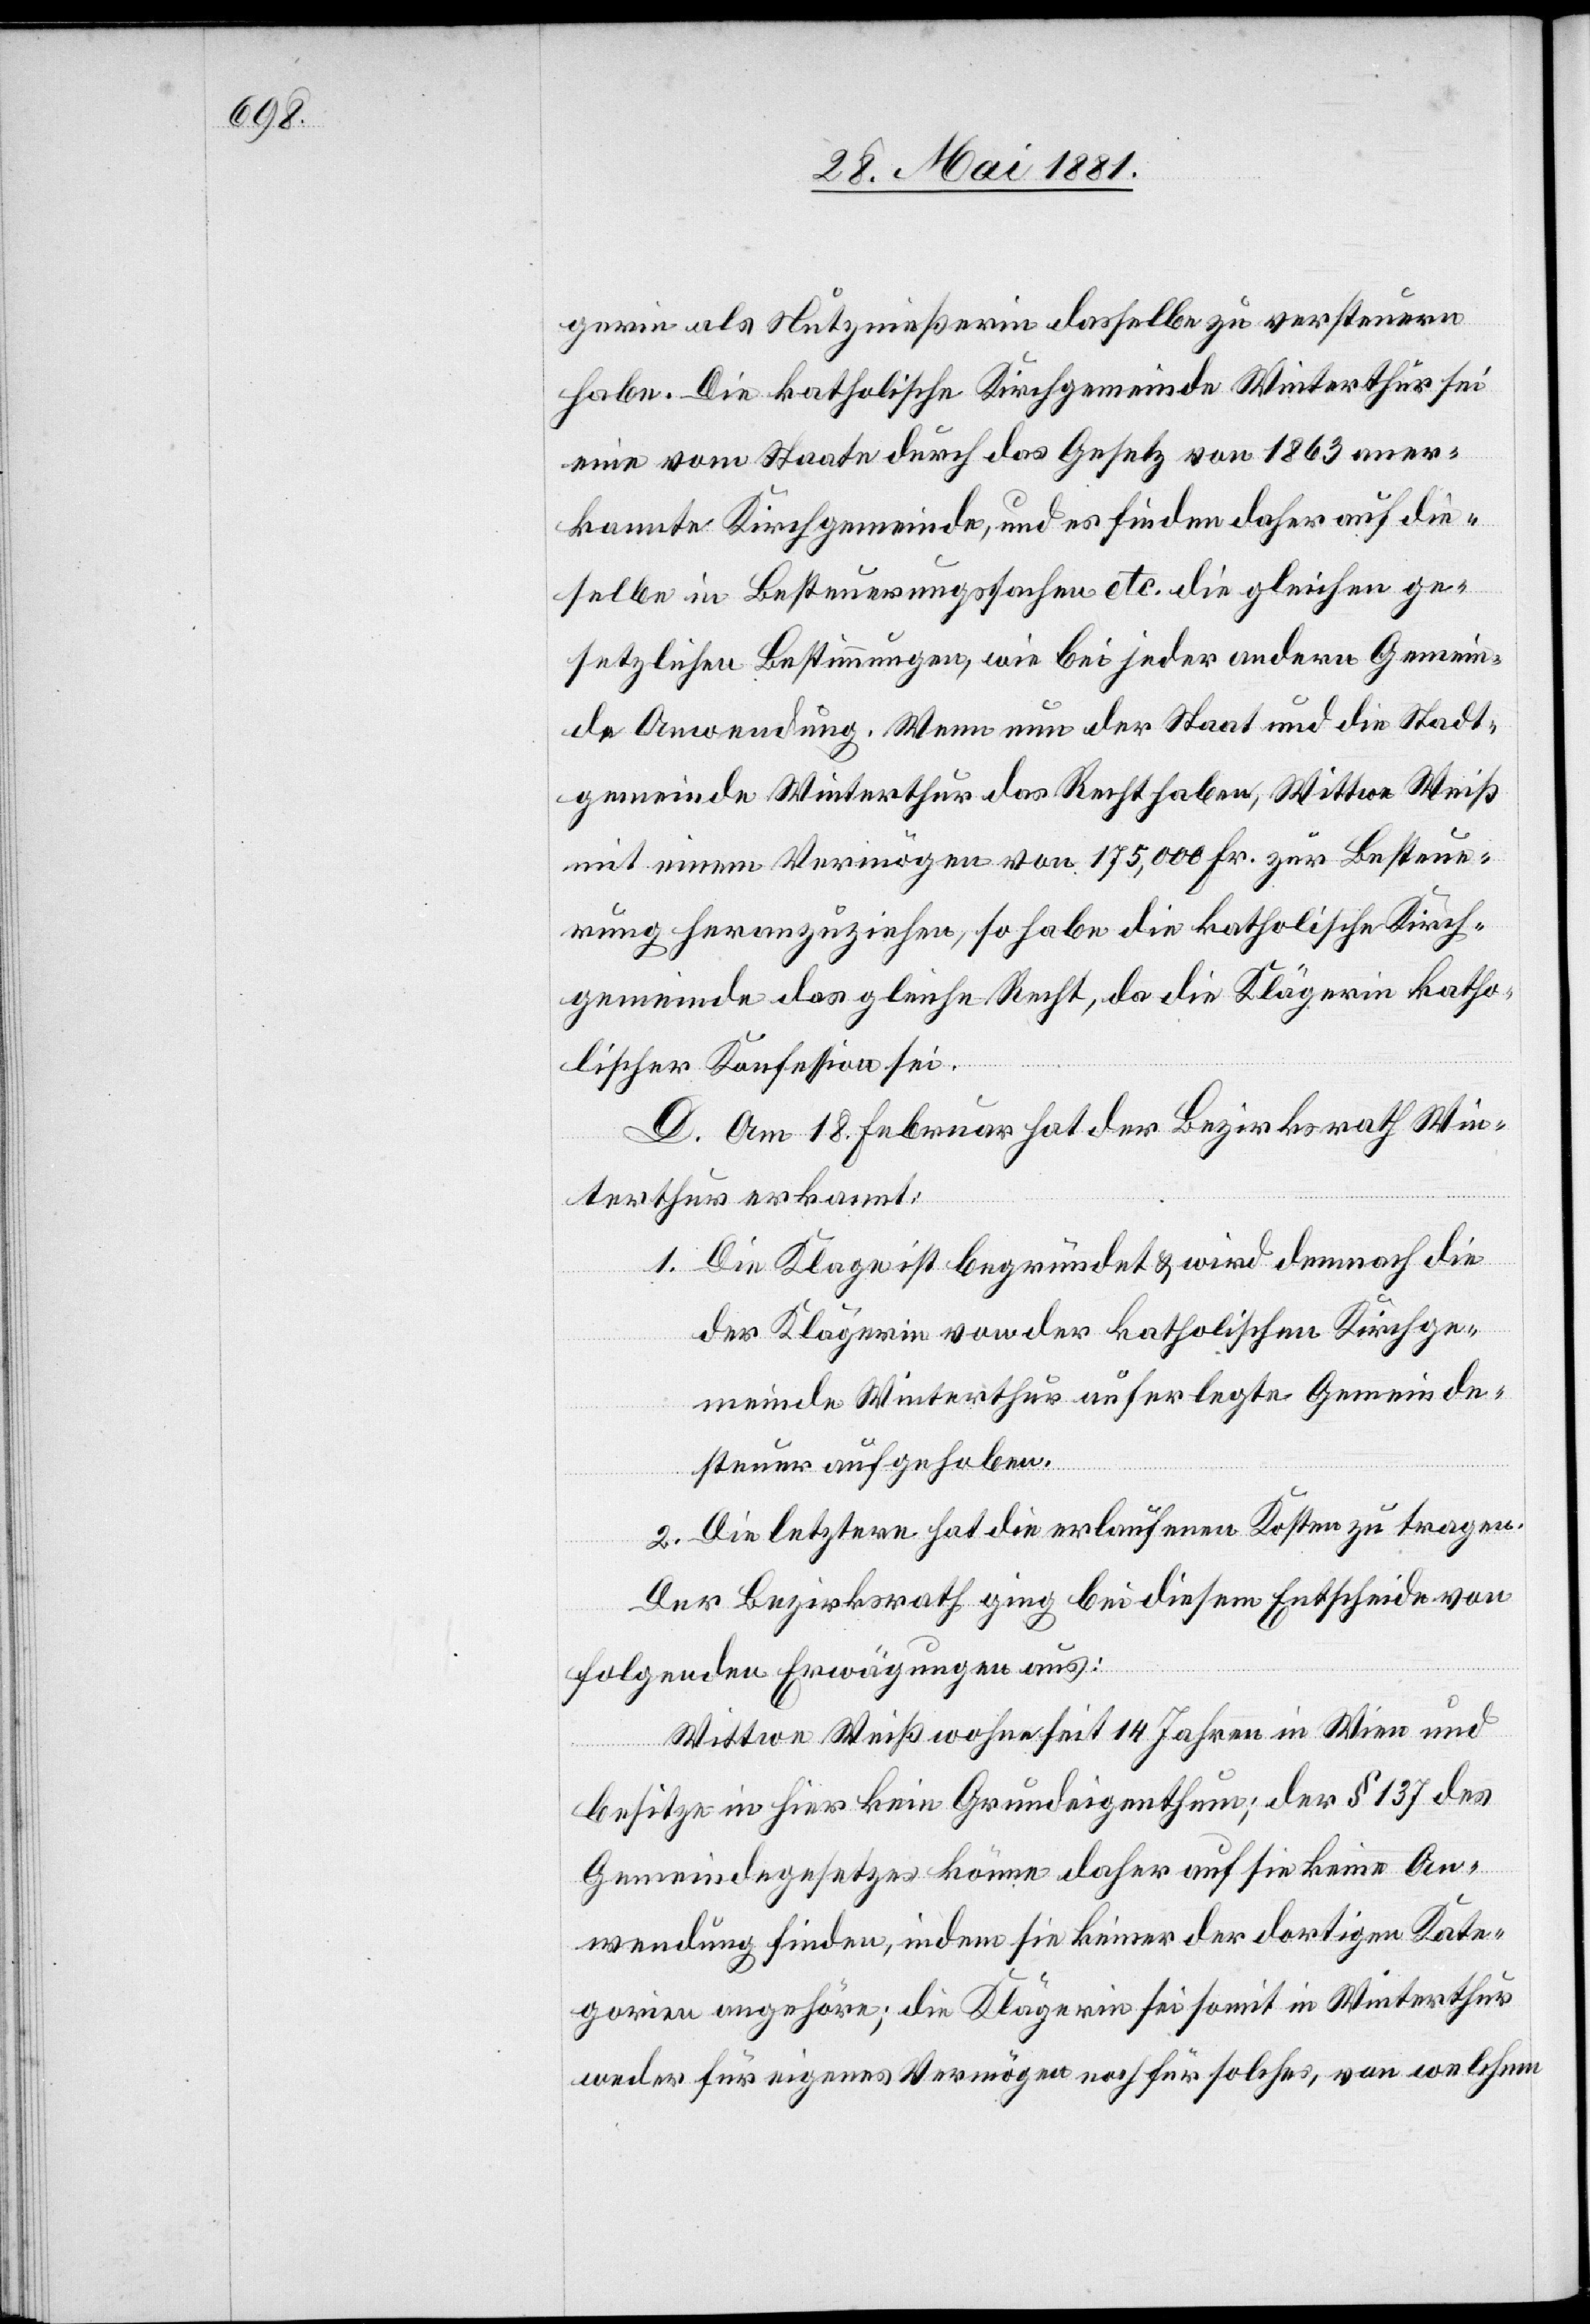
gerin als Nutznießerin dasselbe zu versteuern
habe. Die katholische Kirchgemeinde Winterthur sei
eine vom Staate durch das Gesetz von 1863 aner¬
kannte Kirchgemeinde, und es finden daher auf die¬
selben in Besteuerungssache etc. die gleichen ge¬
setzlichen Bestimmungen, wie bei jeder andern Gemein¬
de Anwendung. Wenn nun der Staat und die Stadt¬
gemeinde Winterthur das Recht haben, Witwe Weiß
mit einem Vermögen von 175,000 Fr. zur Besteue¬
rung heranzuziehen, so habe die katholische Kirch¬
gemeinde das gleiche Recht, da die Klägerin katho¬
lischer Konfession sei.
D. Am 18. Februar hat der Bezirksrath Win¬
terthur erkannt:
1. Die Klage ist begründet & wird demnach die
der Klägerin von der katholischen Kirchge¬
meinde Winterthur auferlegte Gemeinde¬
steuer aufgehoben.
2. Die letztere hat die erlaufenen Kosten zu tragen.
Der Bezirksrath ging bei diesem Entscheide von
folgenden Erwägungen aus:
Witwe Weiß wohne seit 14 Jahren in Wien und
besitze in hier kein Grundeigenthum; der § 137 des
Gemeindegesetzes könne daher auf sie keine An¬
wendung finden, indem sie keiner der dortigen Kate¬
gorien angehöre; die Klägerin sei somit in Winterthur
weder für eigenes Vermögen noch für solches, von welchem